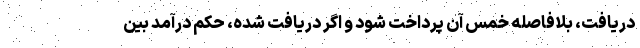
دریافت، بلافاصله خمس آن پرداخت شود و اگر دریافت شده، حکم درآمد بین